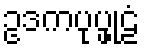
ဥဒကပုပ္ဖုဠံ